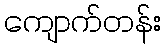
ကျောက်တန်း